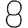
Digit: 8